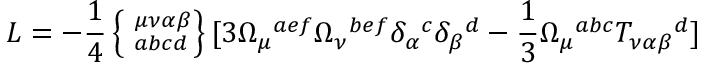
{ \cal L } = - \frac { 1 } { 4 } \left\{ \phantom { | } _ { a b c d } ^ { \mu \nu \alpha \beta } \right\} [ 3 \Omega _ { \mu } { } ^ { a e f } \Omega _ { \nu } { } ^ { b e f } \delta _ { \alpha } { } ^ { c } \delta _ { \beta } { } ^ { d } - \frac { 1 } { 3 } \Omega _ { \mu } { } ^ { a b c } T _ { \nu \alpha \beta } { } ^ { d } ]